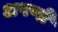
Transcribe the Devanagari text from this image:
अपणों